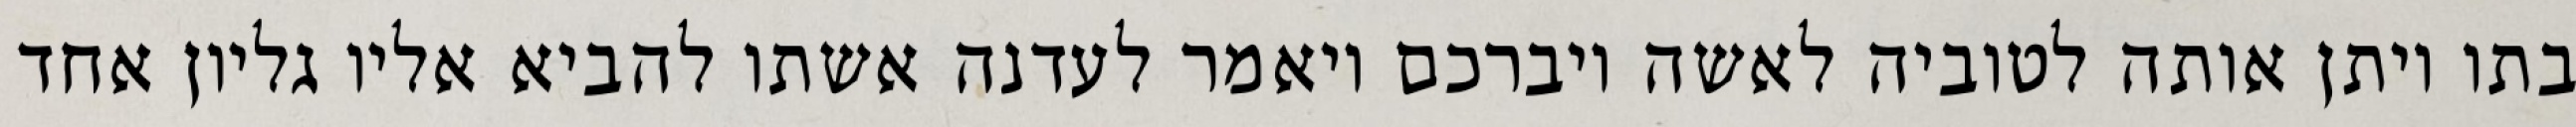
בתו ויתן אותה לטוביה לאשה ויברכם ויאמר לעדנה אשתו להביא אליו גליון אחד